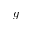
g